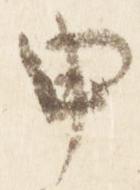
申